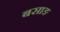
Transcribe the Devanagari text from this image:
बसाङ